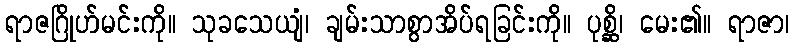
ရာဇဂြိုဟ်မင်းကို။ သုခသေယျံ၊ ချမ်းသာစွာအိပ်ရခြင်းကို။ ပုစ္ဆိ၊ မေး၏။ ရာဇာ၊